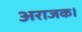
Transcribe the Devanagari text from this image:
अराजक।